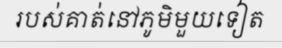
របស់គាត់នៅភូមិមួយទៀត